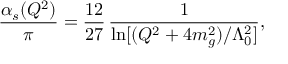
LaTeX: \frac { \alpha _ { s } ( Q ^ { 2 } ) } { \pi } = \frac { 1 2 } { 2 7 } \, \frac { 1 } { \ln [ ( Q ^ { 2 } + 4 m _ { g } ^ { 2 } ) / \Lambda _ { 0 } ^ { 2 } ] } ,